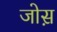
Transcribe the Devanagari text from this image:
जोस़